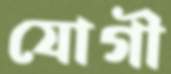
যোগী